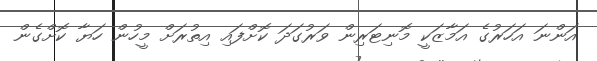
އަންނަ އަހަރުގެ އަމާޒަކީ މޮނިޓަރިން ވަރުގަދަ ކޮށްފައި އިތުރަށް މީހުން ހަޔާ ކޮށްގެން